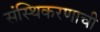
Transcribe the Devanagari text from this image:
संस्थिकरणाची